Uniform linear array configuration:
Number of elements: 4
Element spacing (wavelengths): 0.5
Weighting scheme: uniform
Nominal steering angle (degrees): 60
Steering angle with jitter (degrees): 58.385
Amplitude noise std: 0.05
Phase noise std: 0.05

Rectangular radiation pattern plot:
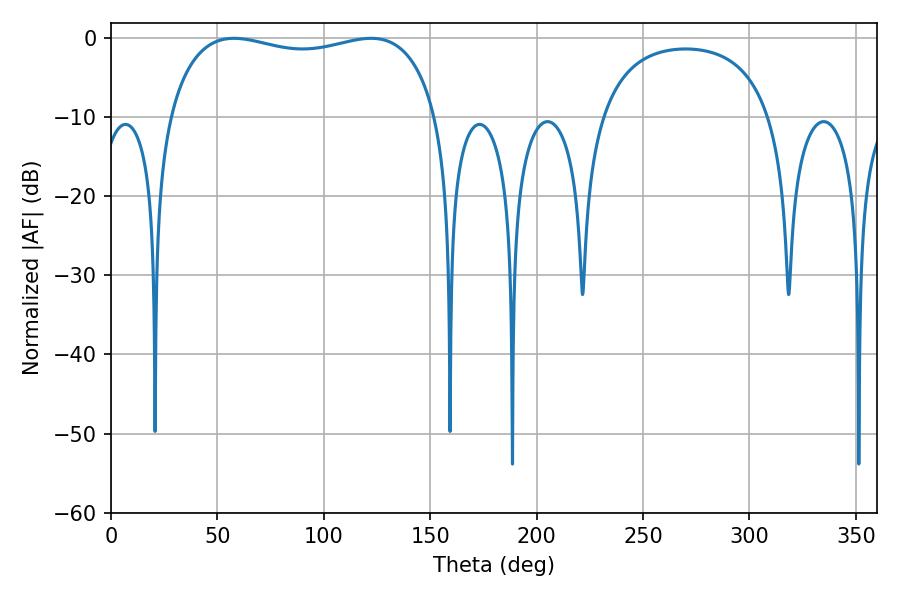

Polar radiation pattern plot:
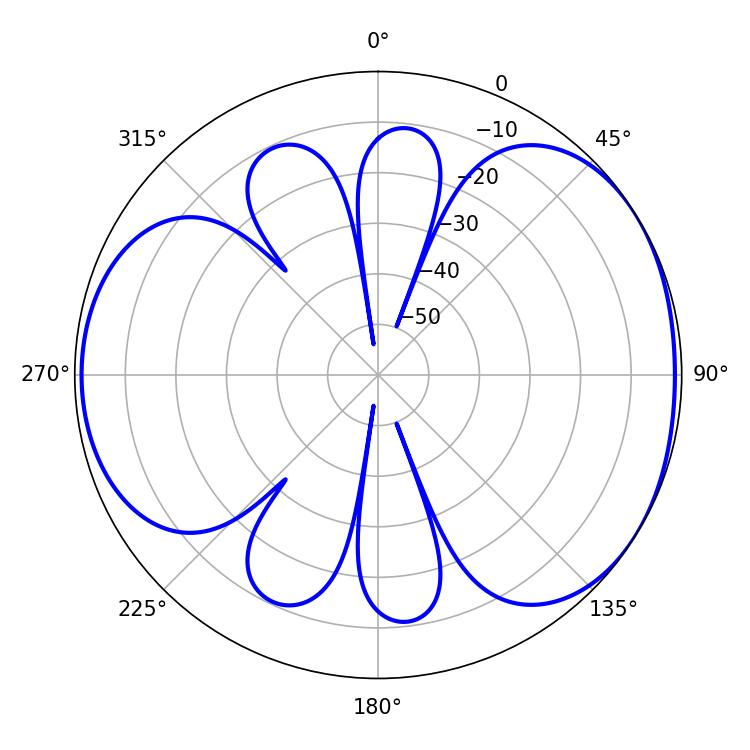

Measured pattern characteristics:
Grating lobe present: FALSE
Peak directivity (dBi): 4.405
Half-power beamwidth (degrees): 102.96
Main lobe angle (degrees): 57.78